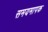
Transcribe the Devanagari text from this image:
समयमापक